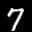
Label: 7